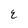
Character: E